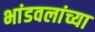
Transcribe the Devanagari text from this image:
भांडवलांच्या